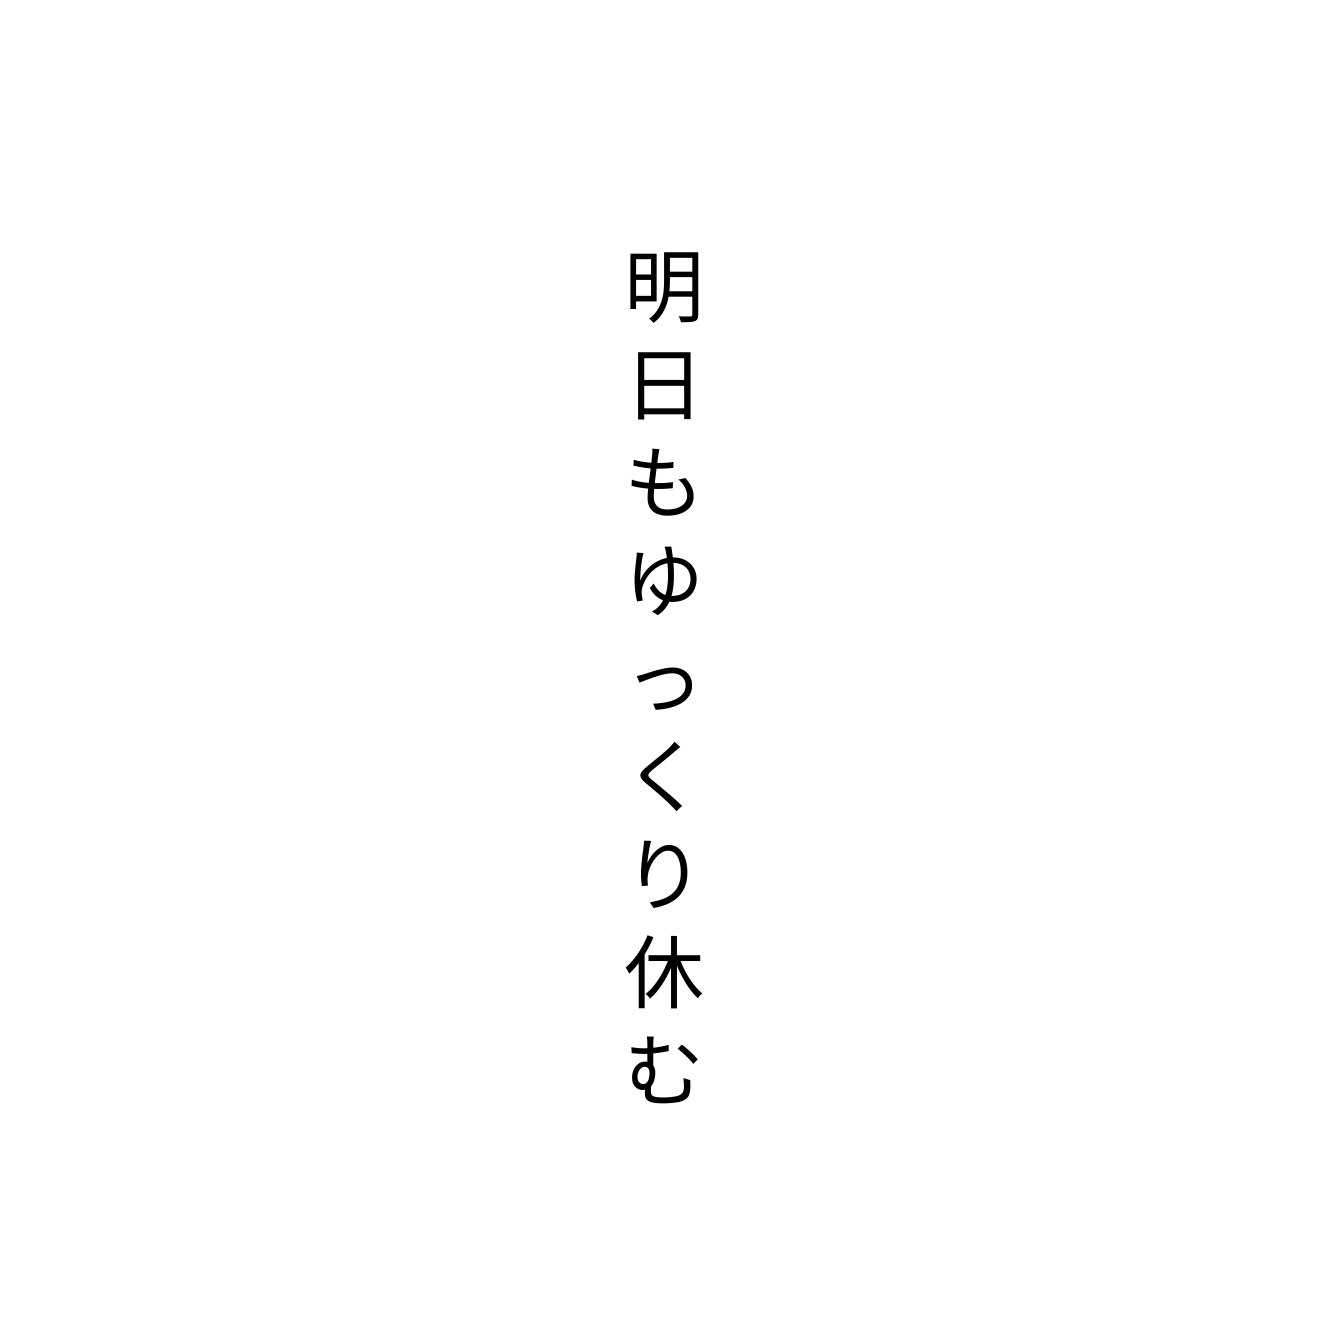
明日もゆっくり休む